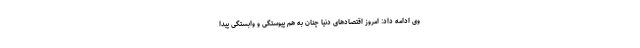
وی ادامه داد: امروز اقتصادهای دنیا چنان به هم پیوستگی و وابستگی پیدا